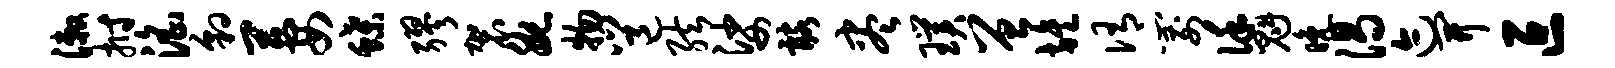
漱拊淫豹萋蝶缪袈腕物邕弦娑髂尽璞曾旌侑箭谨魁晚渴迹开叵